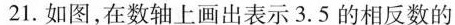
21.如图，在数轴上画出表示3.5的相反数的